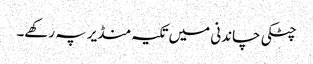
چٹکی چاندنی میں تکیہ منڈیر پہ رکھے۔